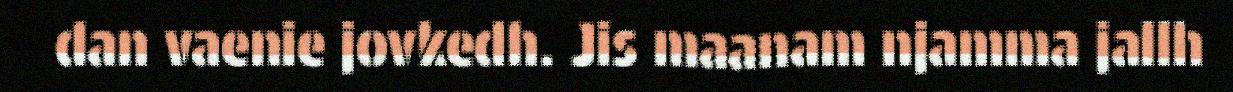
dan vaenie jovkedh. Jis maanam njamma jallh